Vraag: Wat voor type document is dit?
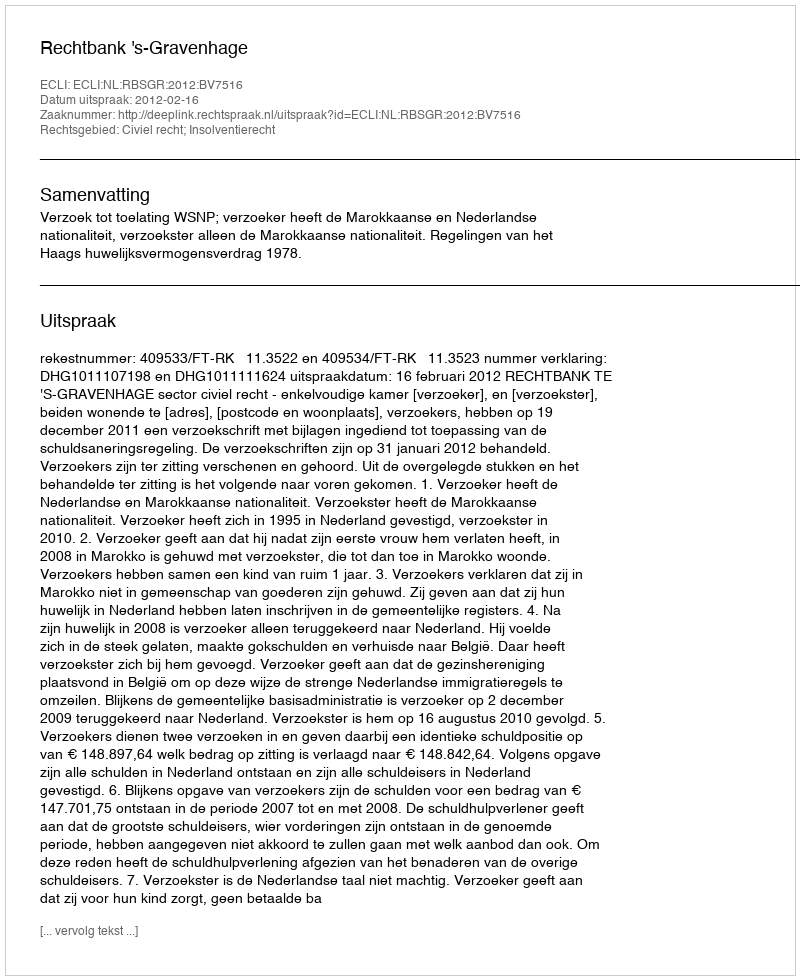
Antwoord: Uitspraak